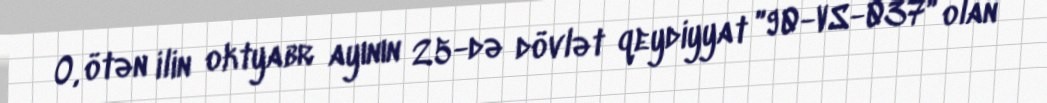
O, ötən ilin oktyabr ayının 25-də dövlət qeydiyyat ''90-VS-037'' olan